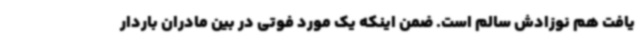
یافت هم نوزادش سالم است. ضمن اینکه یک مورد فوتی در بین مادران باردار